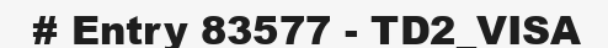
# Entry 83577 - TD2_VISA